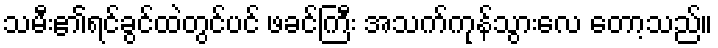
သမီး၏ရင်ခွင်ထဲတွင်ပင် ဖခင်ကြီး အသက်ကုန်သွားလေ တော့သည်။